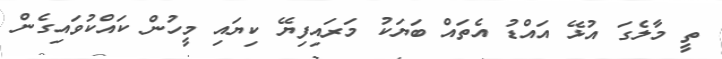
ތީ މާލެގަ އުޅޭ އައްޑު އެތައް ބަޔަކު މަރައިފިޔޭ ކިޔައި މީހުން ކައްކުވައިގެން